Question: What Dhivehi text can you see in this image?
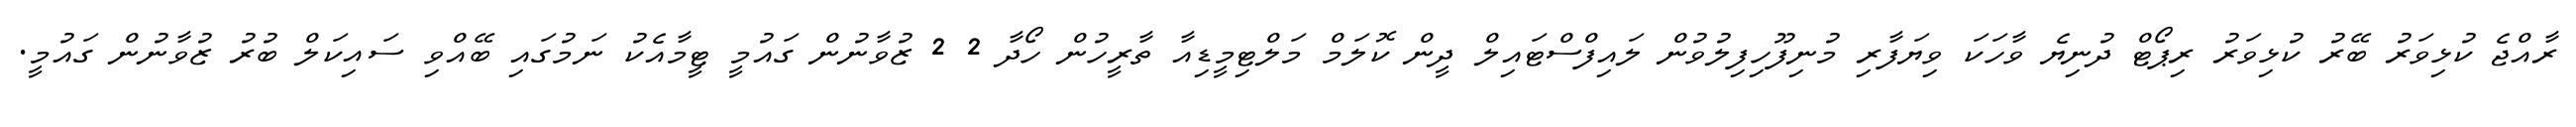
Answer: ރާއްޖެ ކުޅިވަރު ބޭރު ކުޅިވަރު ރިޕޯޓް ދުނިޔެ ވާހަކަ ވިޔަފާރި މުނިފޫހިފިލުވުން ލައިފްސްޓައިލް ދީން ކޮލަމް މަލްޓިމީޑިއާ ތާރީހުން ހޯދާ 2 2 ޒުވާނުން ގައުމީ ޓީމާއެކު ނަމުގައި ބޭއްވި ސައިކަލް ބުރު ޒުވާނުން ގައުމީ.